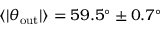
\langle | \theta _ { \mathrm { o u t } } | \rangle = 5 9 . 5 ^ { \circ } \pm 0 . 7 ^ { \circ }